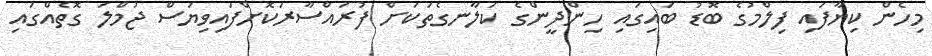
މިހެން ކިޔާފައި ފިލްމުގެ ބޮޑު ބައިގައި ހިންދީންގެ ކަލާނގެތަކަށް ފުރައްސާރަކޮށްފައިވިޔަސް ޖުމްލަ ގޮތެއްގައި